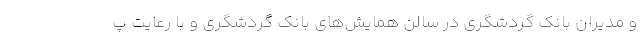
و مدیران بانک گردشگری در سالن همایش‌های بانک گردشگری و با رعایت پ